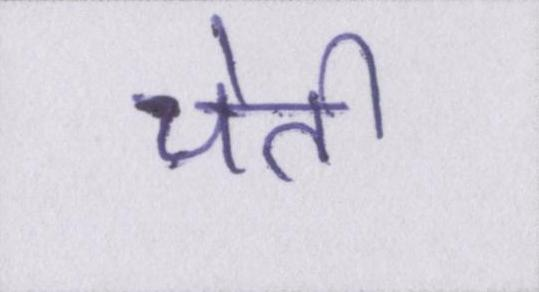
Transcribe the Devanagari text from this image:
चेती